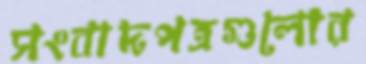
সংবাদপত্রগুলোর